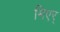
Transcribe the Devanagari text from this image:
मिएर्